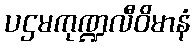
ပဌမကုဏ္ဍလီဝိမာနံ